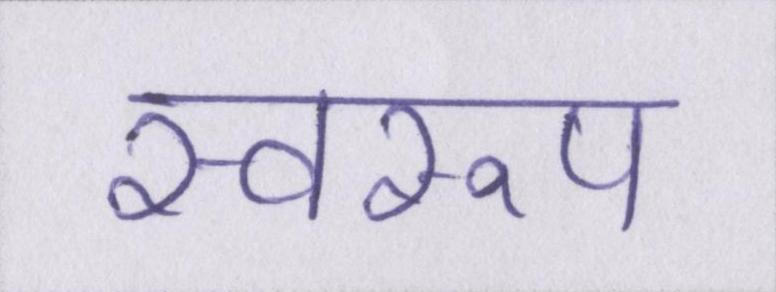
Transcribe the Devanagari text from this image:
स्वरूप